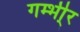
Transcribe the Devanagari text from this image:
गम्भी्र